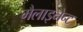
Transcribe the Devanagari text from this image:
मैलाइनेन्ट